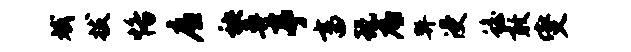
斌拔恪廉秧鼻亭畜玩底弊浸蟾敢燮